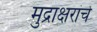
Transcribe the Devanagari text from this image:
मुद्राक्षरांचे